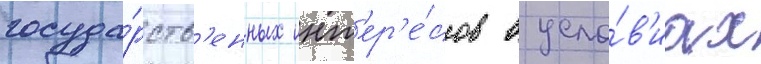
госуда́рств'енных инт'ер'е́сов в усло́в'иах